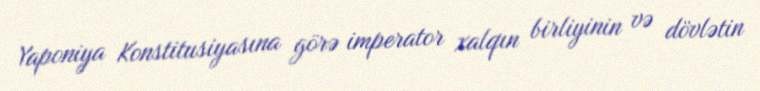
Yaponiya Konstitusiyasına görə imperator xalqın birliyinin və dövlətin